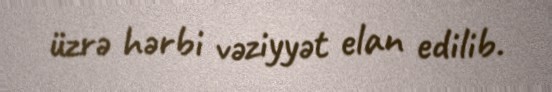
üzrə hərbi vəziyyət elan edilib.